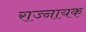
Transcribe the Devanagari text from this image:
राज्नायक